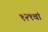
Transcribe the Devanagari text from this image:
१२१वां